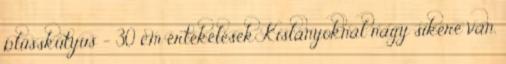
plüsskutyus - 30 cm értékelések Kislányoknál nagy sikere van.